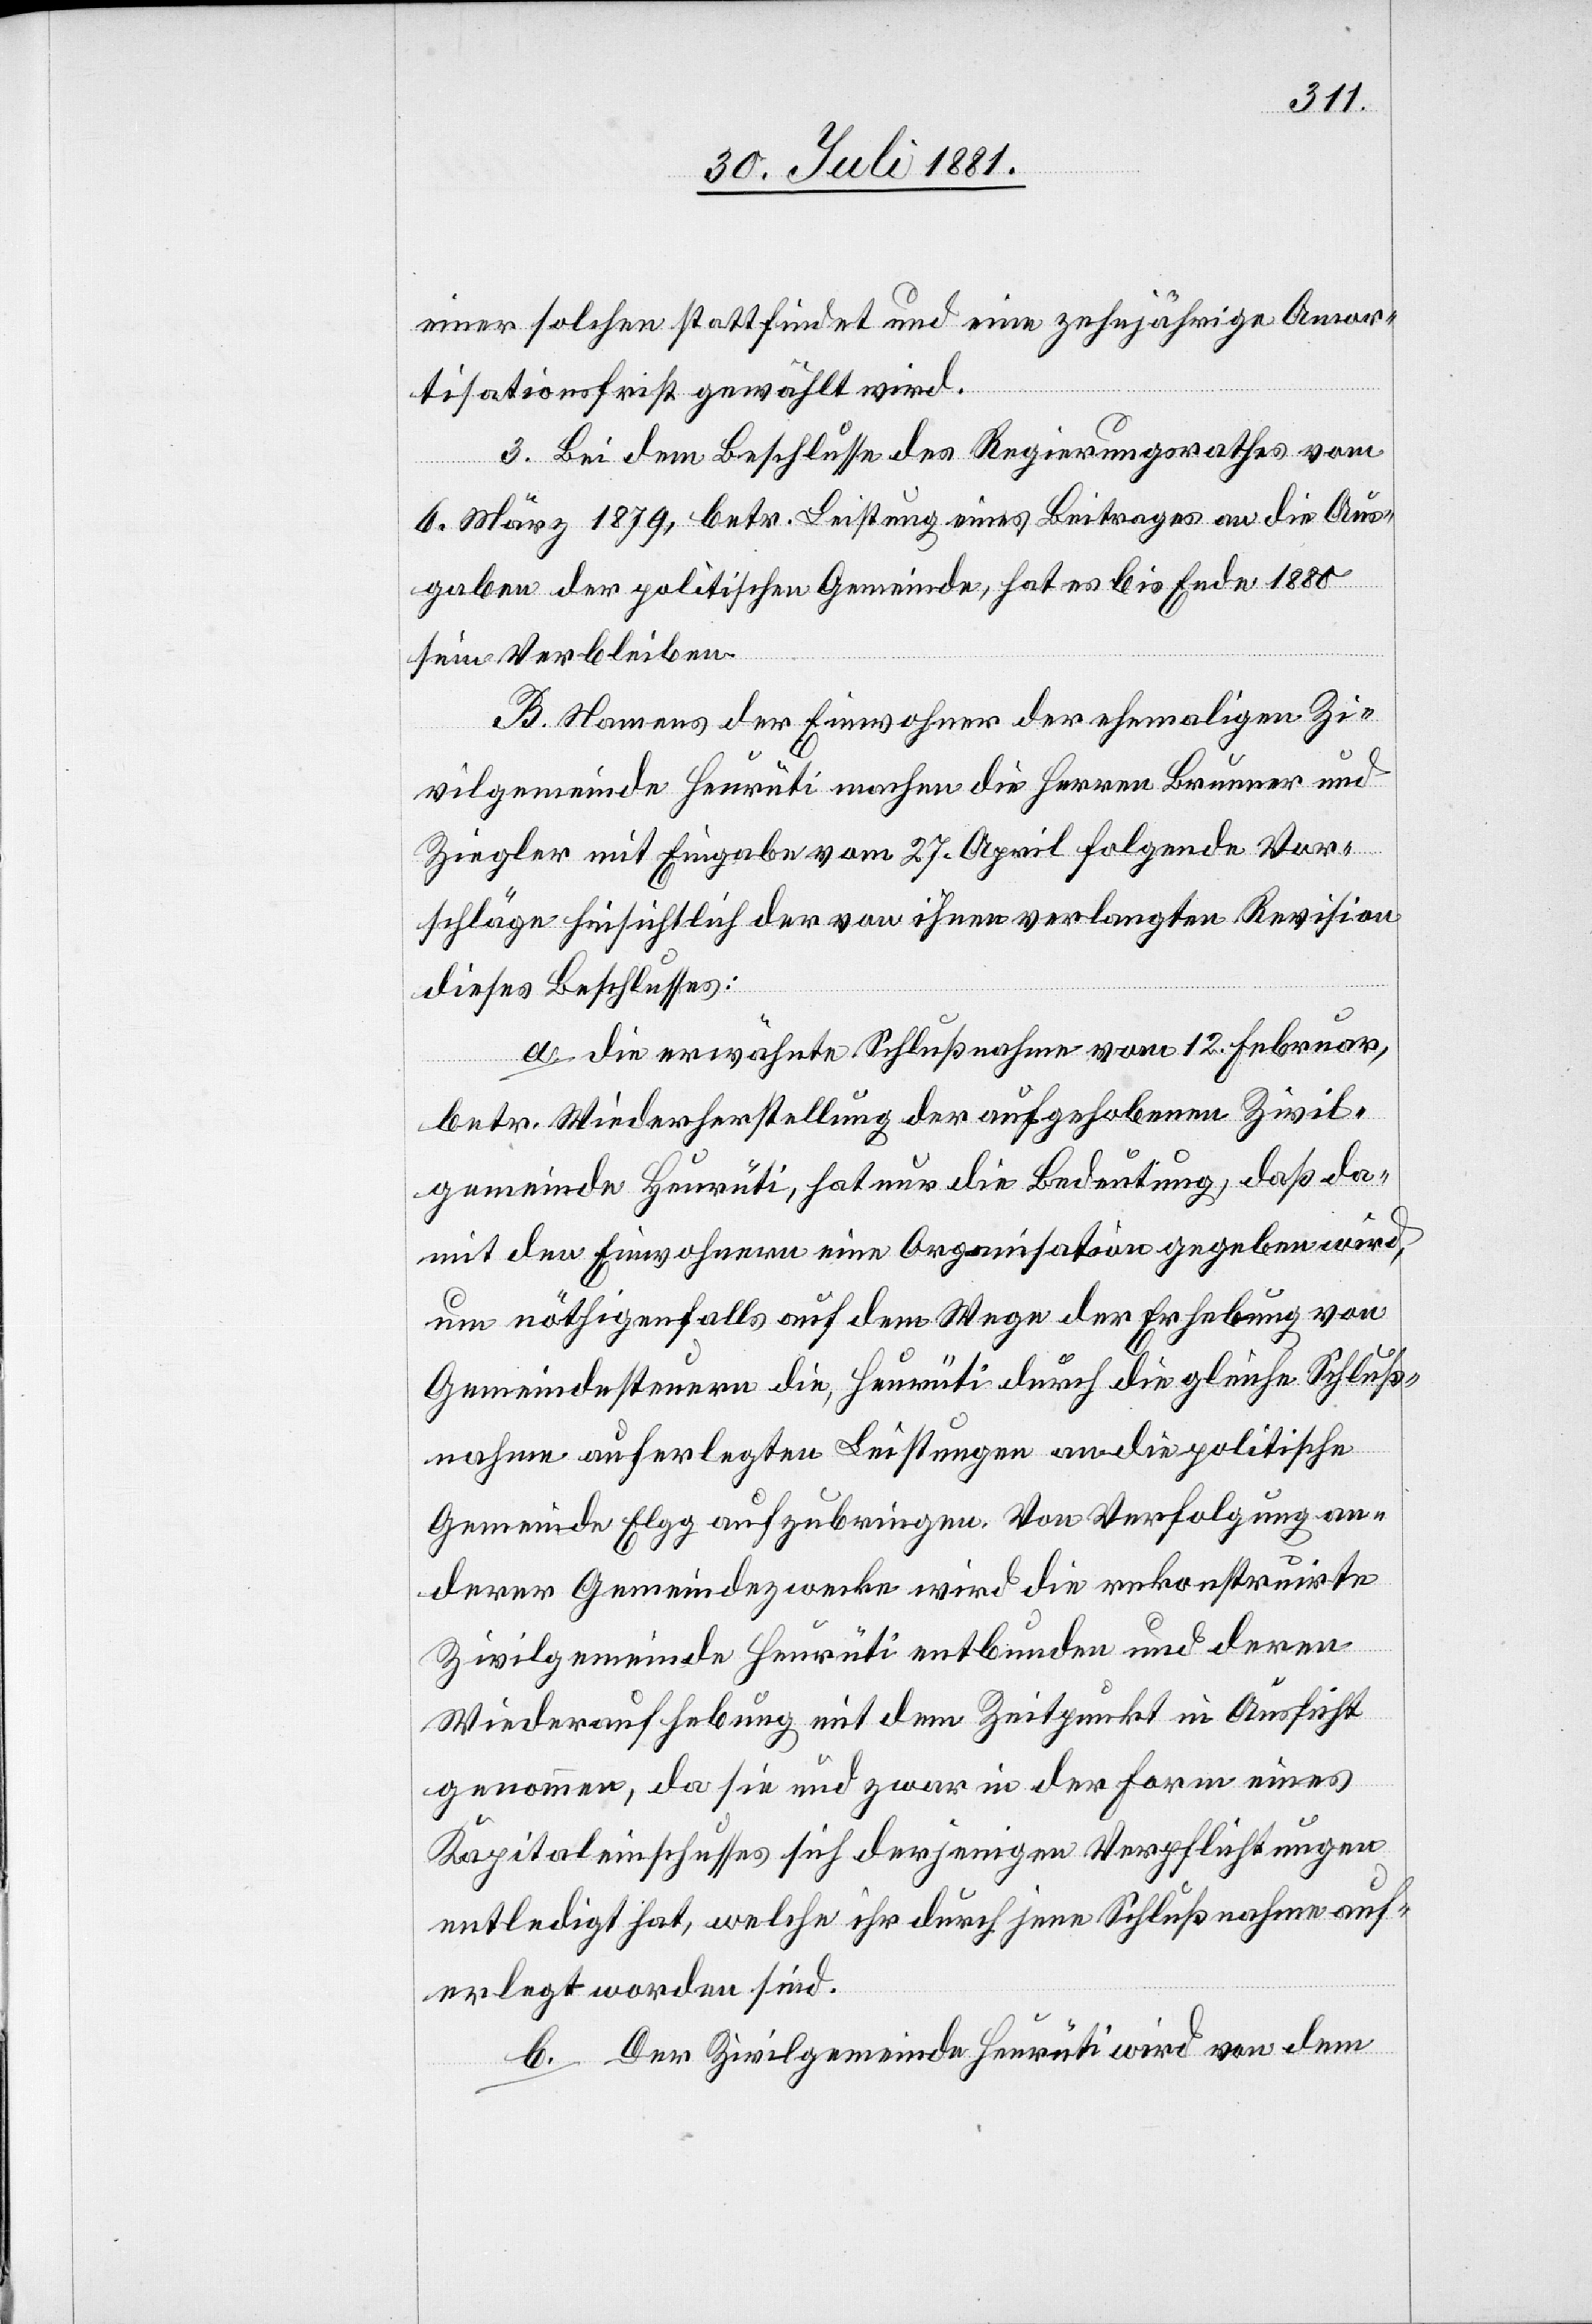
einer solchen stattfindet und eine zehnjährige Amor¬
tisationsfrist gewählt wird.
3. Bei dem Beschlusse des Regierungsrathes vom
6. März 1879, betr. Leistung eines Beitrages an die Aus¬
gaben der politischen Gemeinde, hat es bis Ende 1880
sein Verbleiben.
B. Namens der Einwohner der ehemaligen Zi¬
vilgemeinde Heurüti machen die Herren Brunner und
Ziegler mit Eingabe vom 27. April folgende Vor¬
schläge hinsichtlich der von ihnen verlangten Revision
dieses Beschlusses:
a. die erwähnte Schlußnahme vom 12. Februar,
betr. Wiederherstellung der aufgehobenen Zivil¬
gemeinde Heurüti, hat nur die Bedeutung, daß da¬
mit den Einwohnern eine Organisation gegeben wird,
um nöthigenfalls auf dem Wege der Erhebung von
Gemeindesteuern die Heurüti durch die gleiche Schluß¬
nahme auferlegten Leistungen an die politische
Gemeinde Elgg aufzubringen. Von Verfolgung an¬
derer Gemeindezwecke wird die rekonstruirte
Zivilgemeinde Heurüti entbunden und deren
Wiederaufhebung mit dem Zeitpunkt in Aussicht
genommen, da sie und zwar in der Form eines
Kapitaleinschusses sich derjenigen Verpflichtungen
entledigt hat, welche ihr durch jene Schlußnahme auf¬
erlegt worden sind.
b. Der Zivilgemeinde Heurüti wird von dem